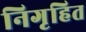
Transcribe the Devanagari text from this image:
निगृहित